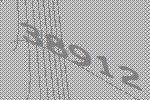
38912